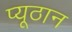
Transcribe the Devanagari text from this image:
प्यूठान